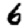
Digit: 6